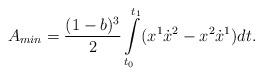
LaTeX: \begin{align*} A_{min} =\frac{(1-b)^3}{2}\int\limits_{t_{0}}^{t_{1}}(x^{1}\dot{x}^{2}-x^{2}\dot{x}^{1})dt. \end{align*}